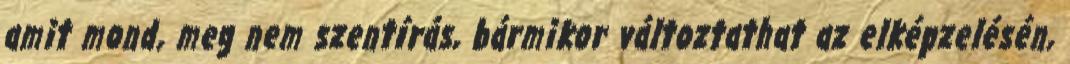
amit mond, meg nem szentírás, bármikor változtathat az elképzelésén,